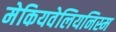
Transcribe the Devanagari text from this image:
मेकियवेलियनिस्म